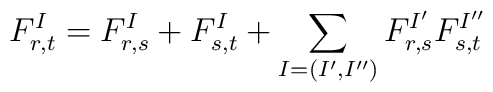
F_{r,t}^I=F_{r,s}^I+F_{s,t}^I+\sum_{I=(I^\prime,I^{\prime\prime})}F_{r,s}^{I^\prime}F_{s,t}^{I^{\prime\prime}}